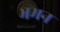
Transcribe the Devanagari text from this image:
भमन